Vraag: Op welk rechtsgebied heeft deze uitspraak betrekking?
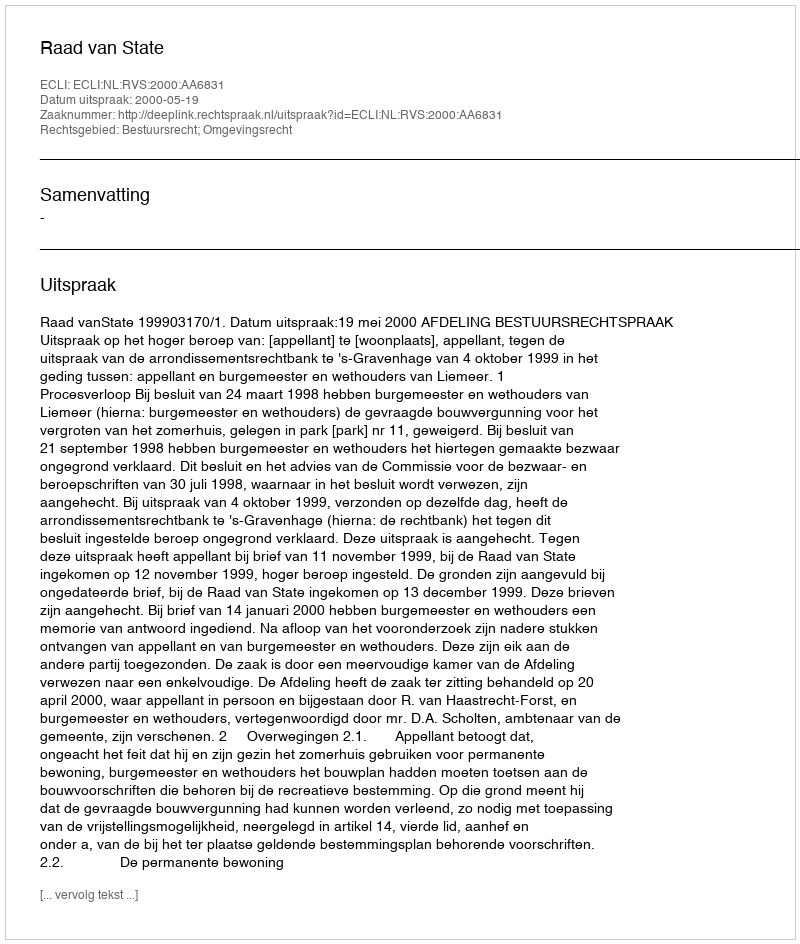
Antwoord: Bestuursrecht; Omgevingsrecht